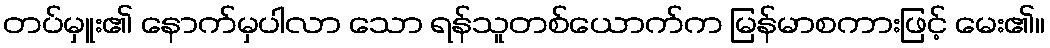
တပ်မှူး၏ နောက်မှပါလာ သော ရန်သူတစ်ယောက်က မြန်မာစကားဖြင့် မေး၏။